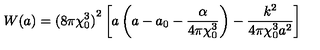
W ( a ) = { ( 8 \pi \chi _ { 0 } ^ { 3 } ) } ^ { 2 } \left[ a \left( a - a _ { 0 } - \frac { \alpha } { 4 \pi \chi _ { 0 } ^ { 3 } } \right) - \frac { k ^ { 2 } } { 4 \pi \chi _ { 0 } ^ { 3 } a ^ { 2 } } \right]